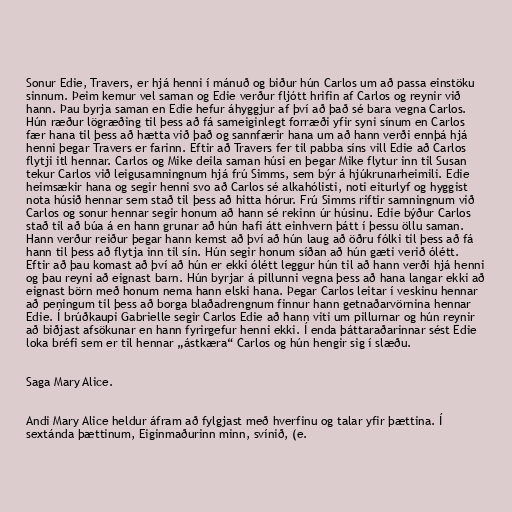
Sonur Edie, Travers, er hjá henni í mánuð og biður hún Carlos um að passa einstöku
sinnum. Þeim kemur vel saman og Edie verður fljótt hrifin af Carlos og reynir við
hann. Þau byrja saman en Edie hefur áhyggjur af því að það sé bara vegna Carlos.
Hún ræður lögræðing til þess að fá sameiginlegt forræði yfir syni sínum en Carlos
fær hana til þess að hætta við það og sannfærir hana um að hann verði ennþá hjá
henni þegar Travers er farinn. Eftir að Travers fer til pabba síns vill Edie að Carlos
flytji itl hennar. Carlos og Mike deila saman húsi en þegar Mike flytur inn til Susan
tekur Carlos við leigusamningnum hjá frú Simms, sem býr á hjúkrunarheimili. Edie
heimsækir hana og segir henni svo að Carlos sé alkahólisti, noti eiturlyf og hyggist
nota húsið hennar sem stað til þess að hitta hórur. Frú Simms riftir samningnum við
Carlos og sonur hennar segir honum að hann sé rekinn úr húsinu. Edie býður Carlos
stað til að búa á en hann grunar að hún hafi átt einhvern þátt í þessu öllu saman.
Hann verður reiður þegar hann kemst að því að hún laug að öðru fólki til þess að fá
hann til þess að flytja inn til sín. Hún segir honum síðan að hún gæti verið ólétt.
Eftir að þau komast að því að hún er ekki ólétt leggur hún til að hann verði hjá henni
og þau reyni að eignast barn. Hún byrjar á pillunni vegna þess að hana langar ekki að
eignast börn með honum nema hann elski hana. Þegar Carlos leitar í veskinu hennar
að peningum til þess að borga blaðadrengnum finnur hann getnaðarvörnina hennar
Edie. Í brúðkaupi Gabrielle segir Carlos Edie að hann viti um pillurnar og hún reynir
að biðjast afsökunar en hann fyrirgefur henni ekki. Í enda þáttaraðarinnar sést Edie
loka bréfi sem er til hennar „ástkæra“ Carlos og hún hengir sig í slæðu.

Saga Mary Alice.

Andi Mary Alice heldur áfram að fylgjast með hverfinu og talar yfir þættina. Í
sextánda þættinum, Eiginmaðurinn minn, svínið, (e.